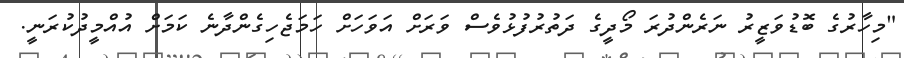
"މިހާރުގެ ބޮޑުވަޒީރު ނަރެންދުރަ މޯދީގެ ދަތުރުފުޅުވެސް ވަރަށް އަވަހަށް ހަމަޖެހިގެންދާނެ ކަމަށް އުއްމީދުކުރަނީ.